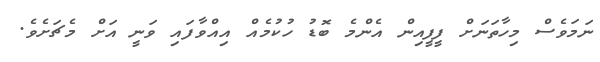
ނަމަވެސް މިހާތަނަށް ފީފީއިން އެންމެ ބޮޑު ހުކުމެއް އިއްވާފައި ވަނީ އަށް މެޗަށެވެ.